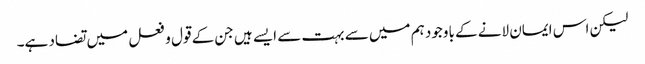
لیکن اس ایمان لانے کے باوجود ہم میں سے بہت سے ایسے ہیں جن کے قول و فعل میں تضاد ہے۔